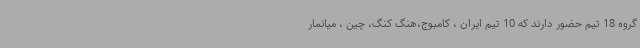
گروه 18 تیم حضور دارند که 10 تیم ایران ، کامبوج،هنگ کنگ، چین ، میانمار